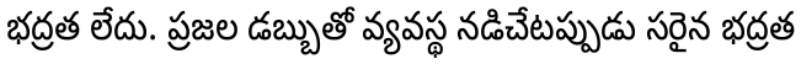
భద్రత లేదు. ప్రజల డబ్బుతో వ్యవస్థ నడిచేటప్పుడు సరైన భద్రత